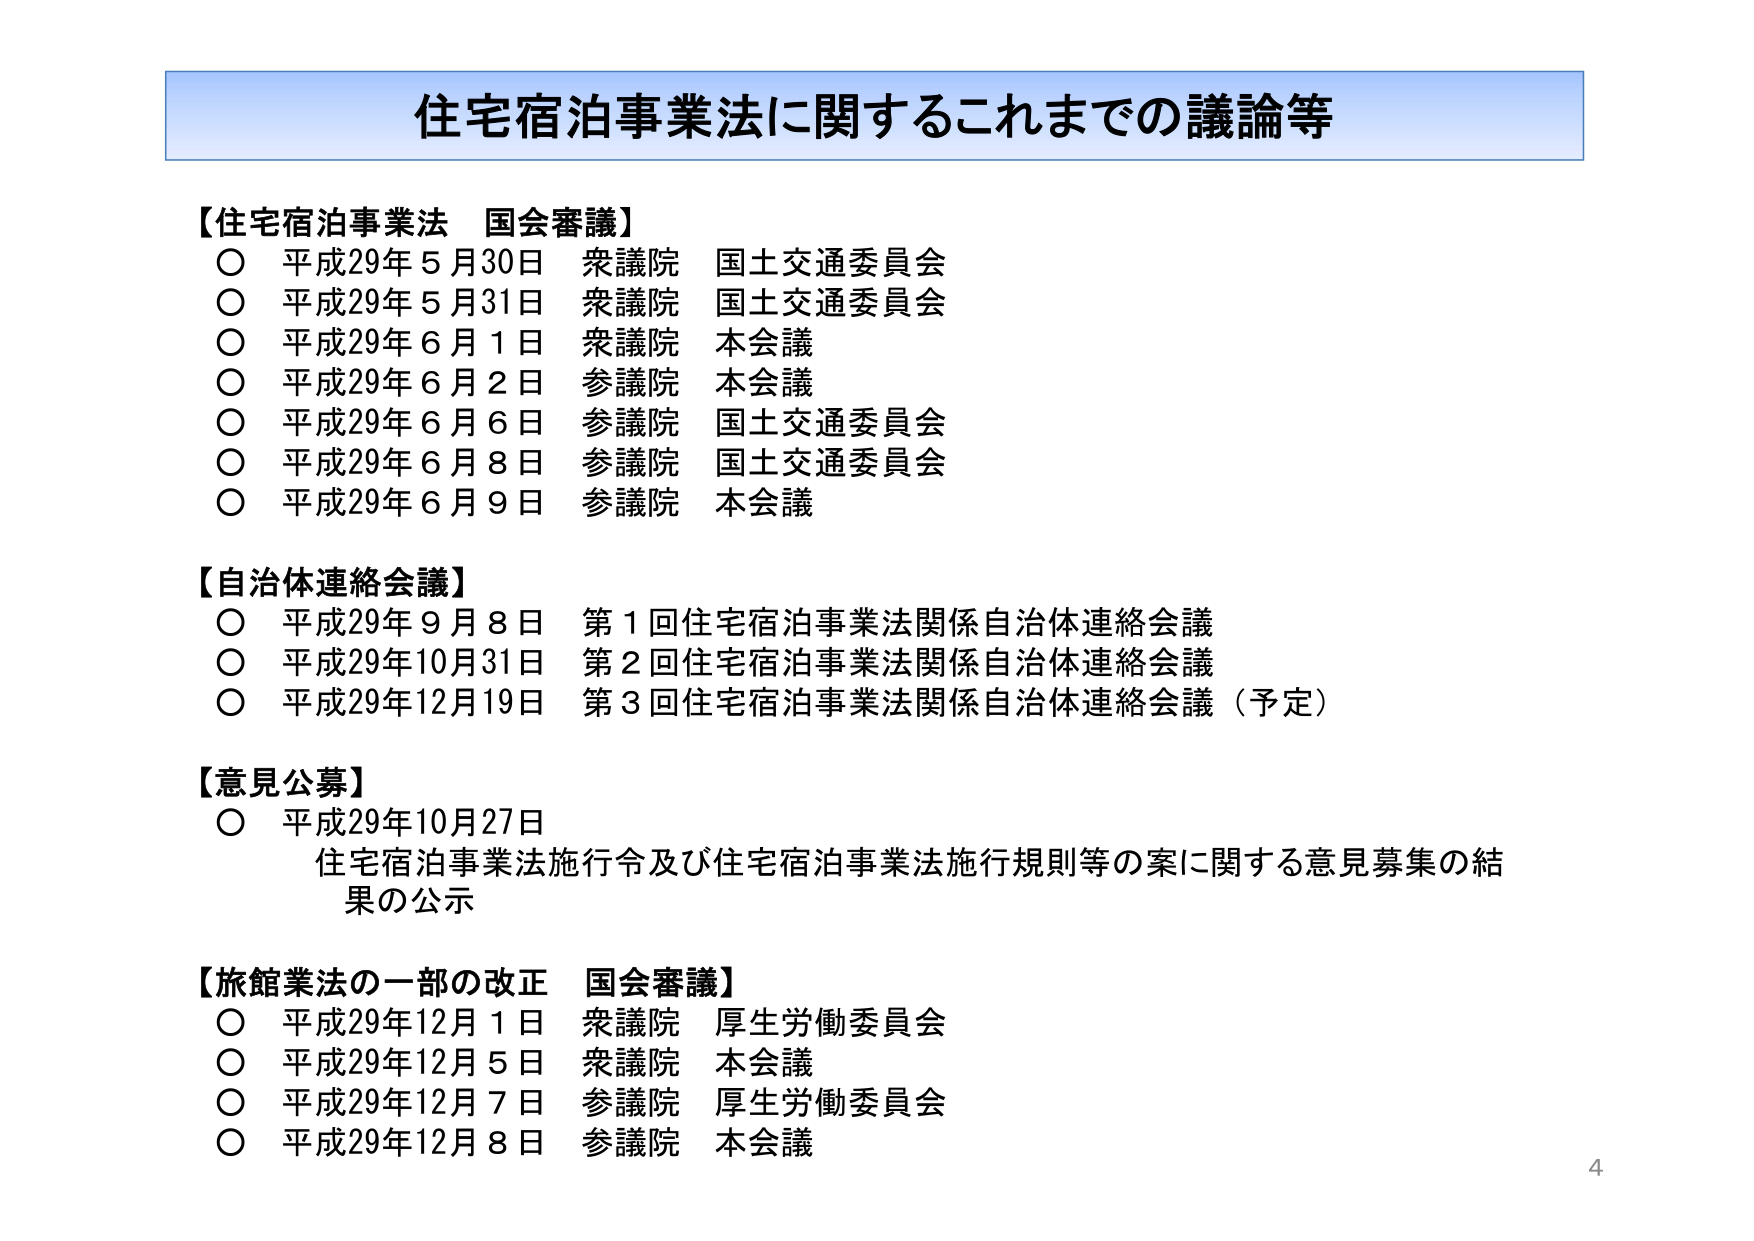
住宅宿泊事業法に関するこれまでの議論等

【住宅宿泊事業法　国会審議】
○ 平成29年5月30日　衆議院　国土交通委員会
○ 平成29年5月31日　衆議院　国土交通委員会
○ 平成29年6月1日　衆議院　本会議
○ 平成29年6月2日　参議院　本会議
○ 平成29年6月6日　参議院　国土交通委員会
○ 平成29年6月8日　参議院　国土交通委員会
○ 平成29年6月9日　参議院　本会議

【自治体連絡会議】
○ 平成29年9月8日　第1回住宅宿泊事業法関係自治体連絡会議
○ 平成29年10月31日　第2回住宅宿泊事業法関係自治体連絡会議
○ 平成29年12月19日　第3回住宅宿泊事業法関係自治体連絡会議（予定）

【意見公募】
○ 平成29年10月27日
　住宅宿泊事業法施行令及び住宅宿泊事業法施行規則等の案に関する意見募集の結果の公示

【旅館業法の一部の改正　国会審議】
○ 平成29年12月1日　衆議院　厚生労働委員会
○ 平成29年12月5日　衆議院　本会議
○ 平成29年12月7日　参議院　厚生労働委員会
○ 平成29年12月8日　参議院　本会議

4